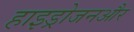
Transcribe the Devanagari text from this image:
हाइड्रोजनऔर